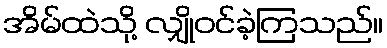
အိမ်ထဲသို့ လျှိုဝင်ခဲ့ကြသည်။